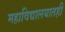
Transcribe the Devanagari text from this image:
महाविद्यालयातही